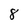
Character: 8